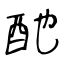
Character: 酏